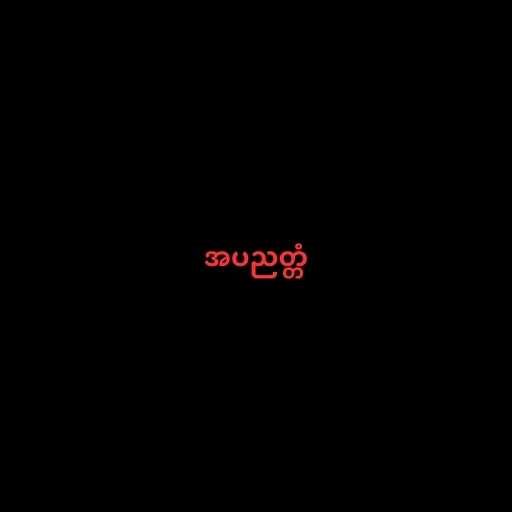
အပညတ္တံ